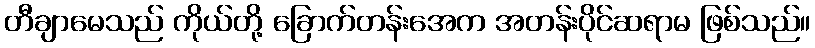
တီချာမေသည် ကိုယ်တို့ ခြောက်တန်းအေက အတန်းပိုင်ဆရာမ ဖြစ်သည်။